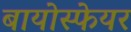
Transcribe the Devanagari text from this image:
बायोस्फेयर